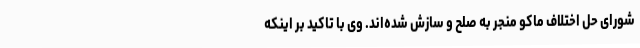
شورای حل اختلاف ماکو منجر به صلح و سازش شده‌اند. وی با تاکید بر اینکه